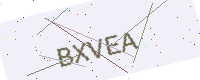
Text: BXVEA